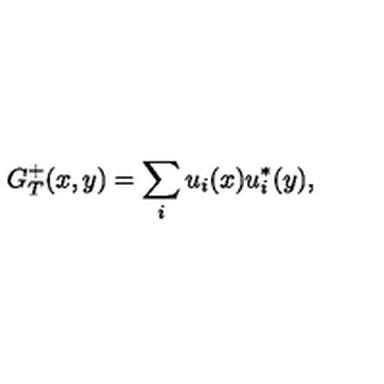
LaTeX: G _ { T } ^ { + } ( x , y ) = \sum _ { i } u _ { i } ( x ) u _ { i } ^ { * } ( y ) ,